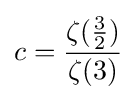
c={\frac {\zeta ({\frac {3}{2}})}{\zeta (3)}}